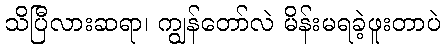
သိပြီလားဆရာ၊ ကျွန်တော်လဲ မိန်းမရခဲ့ဖူးတာပဲ